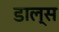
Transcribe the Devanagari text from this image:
डाल्स